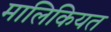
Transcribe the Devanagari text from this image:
मालिकियत